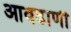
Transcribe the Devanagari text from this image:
आवढाणी